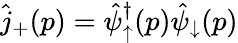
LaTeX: \hat{j}_{+}(p)=\hat{\psi}_{\uparrow}^{\dagger}(p)\hat{\psi}_{\downarrow}(p)